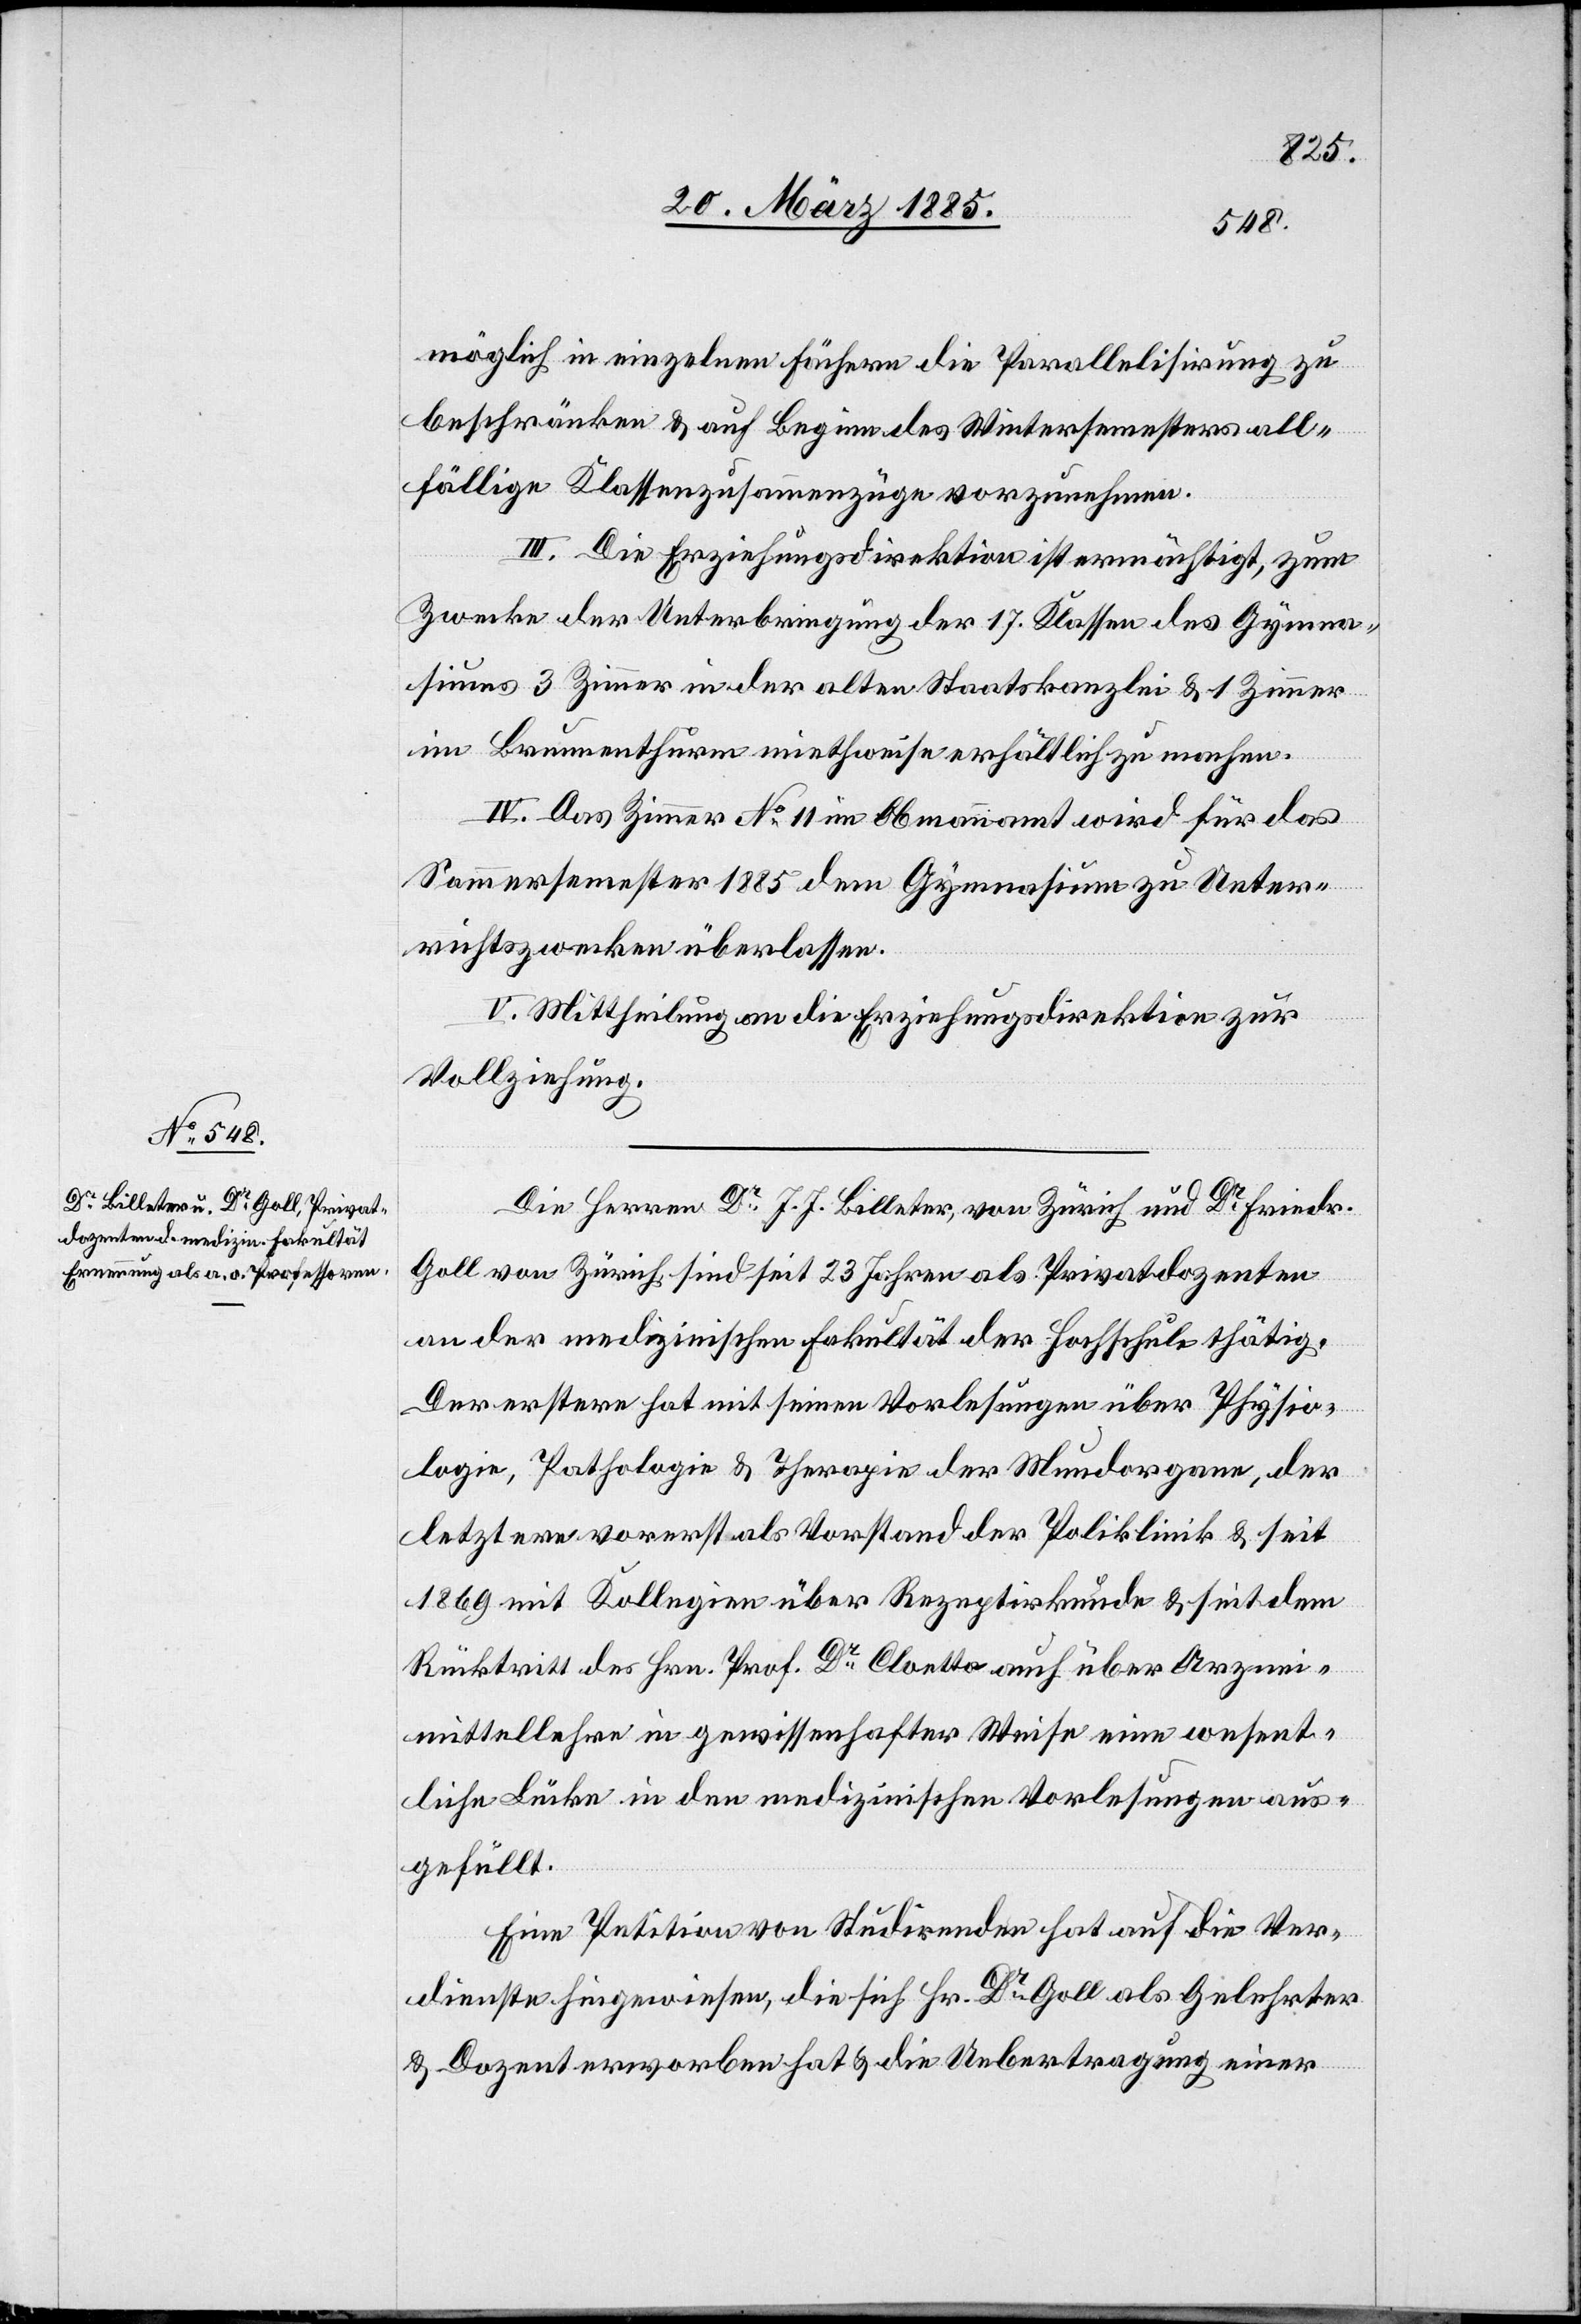
möglich in einzelnen Fächern die Parallelisierung zu
beschränken & auf Beginn des Wintersemesters all¬
fällige Klassenzusammenzüge vorzunehmen.
III. Die Erziehungsdirektion ist ermächtigt, zum
Zwecke der Unterbringung der 17. Klassen des Gymna¬
siums 3 Zimmer in der alten Staatskanzlei & 1 Zimmer
im Brunnenthurm miethweise erhältlich zu machen.
IV. Das Zimmer No 11 im Obmannamt wird für das
Sommersemester 1885 dem Gymnasium zu Unter¬
richtszwecken überlassen.
V. Mittheilung an die Erziehungsdirektion zur
Vollziehung.
Die Herren Dr J. J. Billeter, von Zürich, und Dr Friedr.
Goll von Zürich sind seit 23 Jahren als Privatdozenten
an der medizinischen Fakultät der Hochschule thätig.
Der erstere hat mit seinen Vorlesungen über Physio¬
logie, Pathologie & Therapie der Mundorgane, der
letztere vorerst als Vorstand der Poliklinik & seit
1869 mit Kollegien über Rezeptirkunde & seit dem
Rücktritt des Hrn. Prof. Dr Cloetta auch über Arznei¬
mittellehre in gewissenhafter Weise eine wesent¬
liche Lücke in den medizinischen Vorlesungen aus¬
gefüllt.
Eine Petition von Studirenden hat auf die Ver¬
dienste hingewiesen, die sich Hr. Dr Goll als Gelehrter
& Dozent erworben hat & die Uebertragung einer